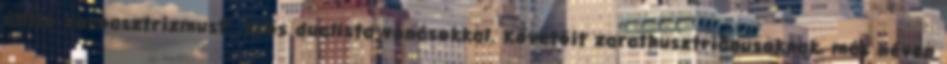
állító zoroasztrizmust., erős dualista vonásokkal. Követőit zarathusztriánusoknak, más néven